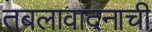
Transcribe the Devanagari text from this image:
तबलावादनाची